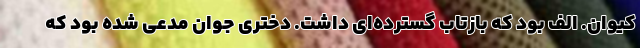
کیوان. الف بود که بازتاب گسترده‌ای داشت. دختری جوان مدعی شده بود که